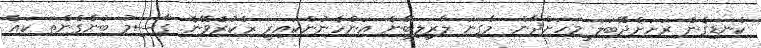
ކެނޑިގެން ރަށަށްދޭބަލަ މަހަށްދާން. މާގިނަ ލާރިލިބޭނެ އަންހެނުންކައިރީ ޜެކުރެވޭނެ. ގާސިމު ބުނެގެންތަ ކައެ